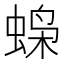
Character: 𫋇